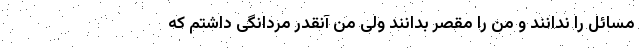
مسائل را ندانند و من را مقصر بدانند ولی من آنقدر مردانگی داشتم که